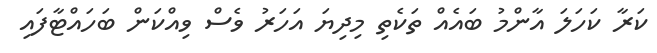
ކަރާ ކަހަލަ އާންމު ބައެއް ތަކެތި މިދިޔަ އަހަރު ވެސް ވިއްކަން ބަހައްޓާފައި